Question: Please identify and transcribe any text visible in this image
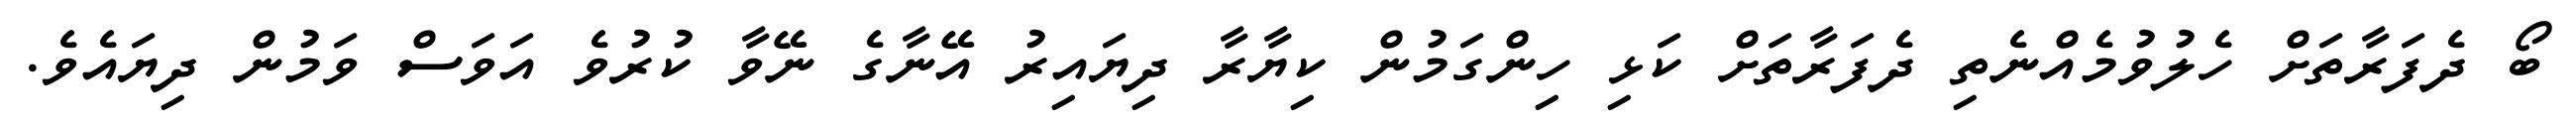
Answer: ބޯ ދެފަރާތަށް ހެލުވުމެއްނެތި ދެފަރާތަށް ކަޅި ހިންގަމުން ކިޔާރާ ދިޔައިރު އޭނާގެ ނޭވާ ކުރުވެ އަވަސް ވަމުން ދިޔައެވެ.